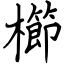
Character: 櫛